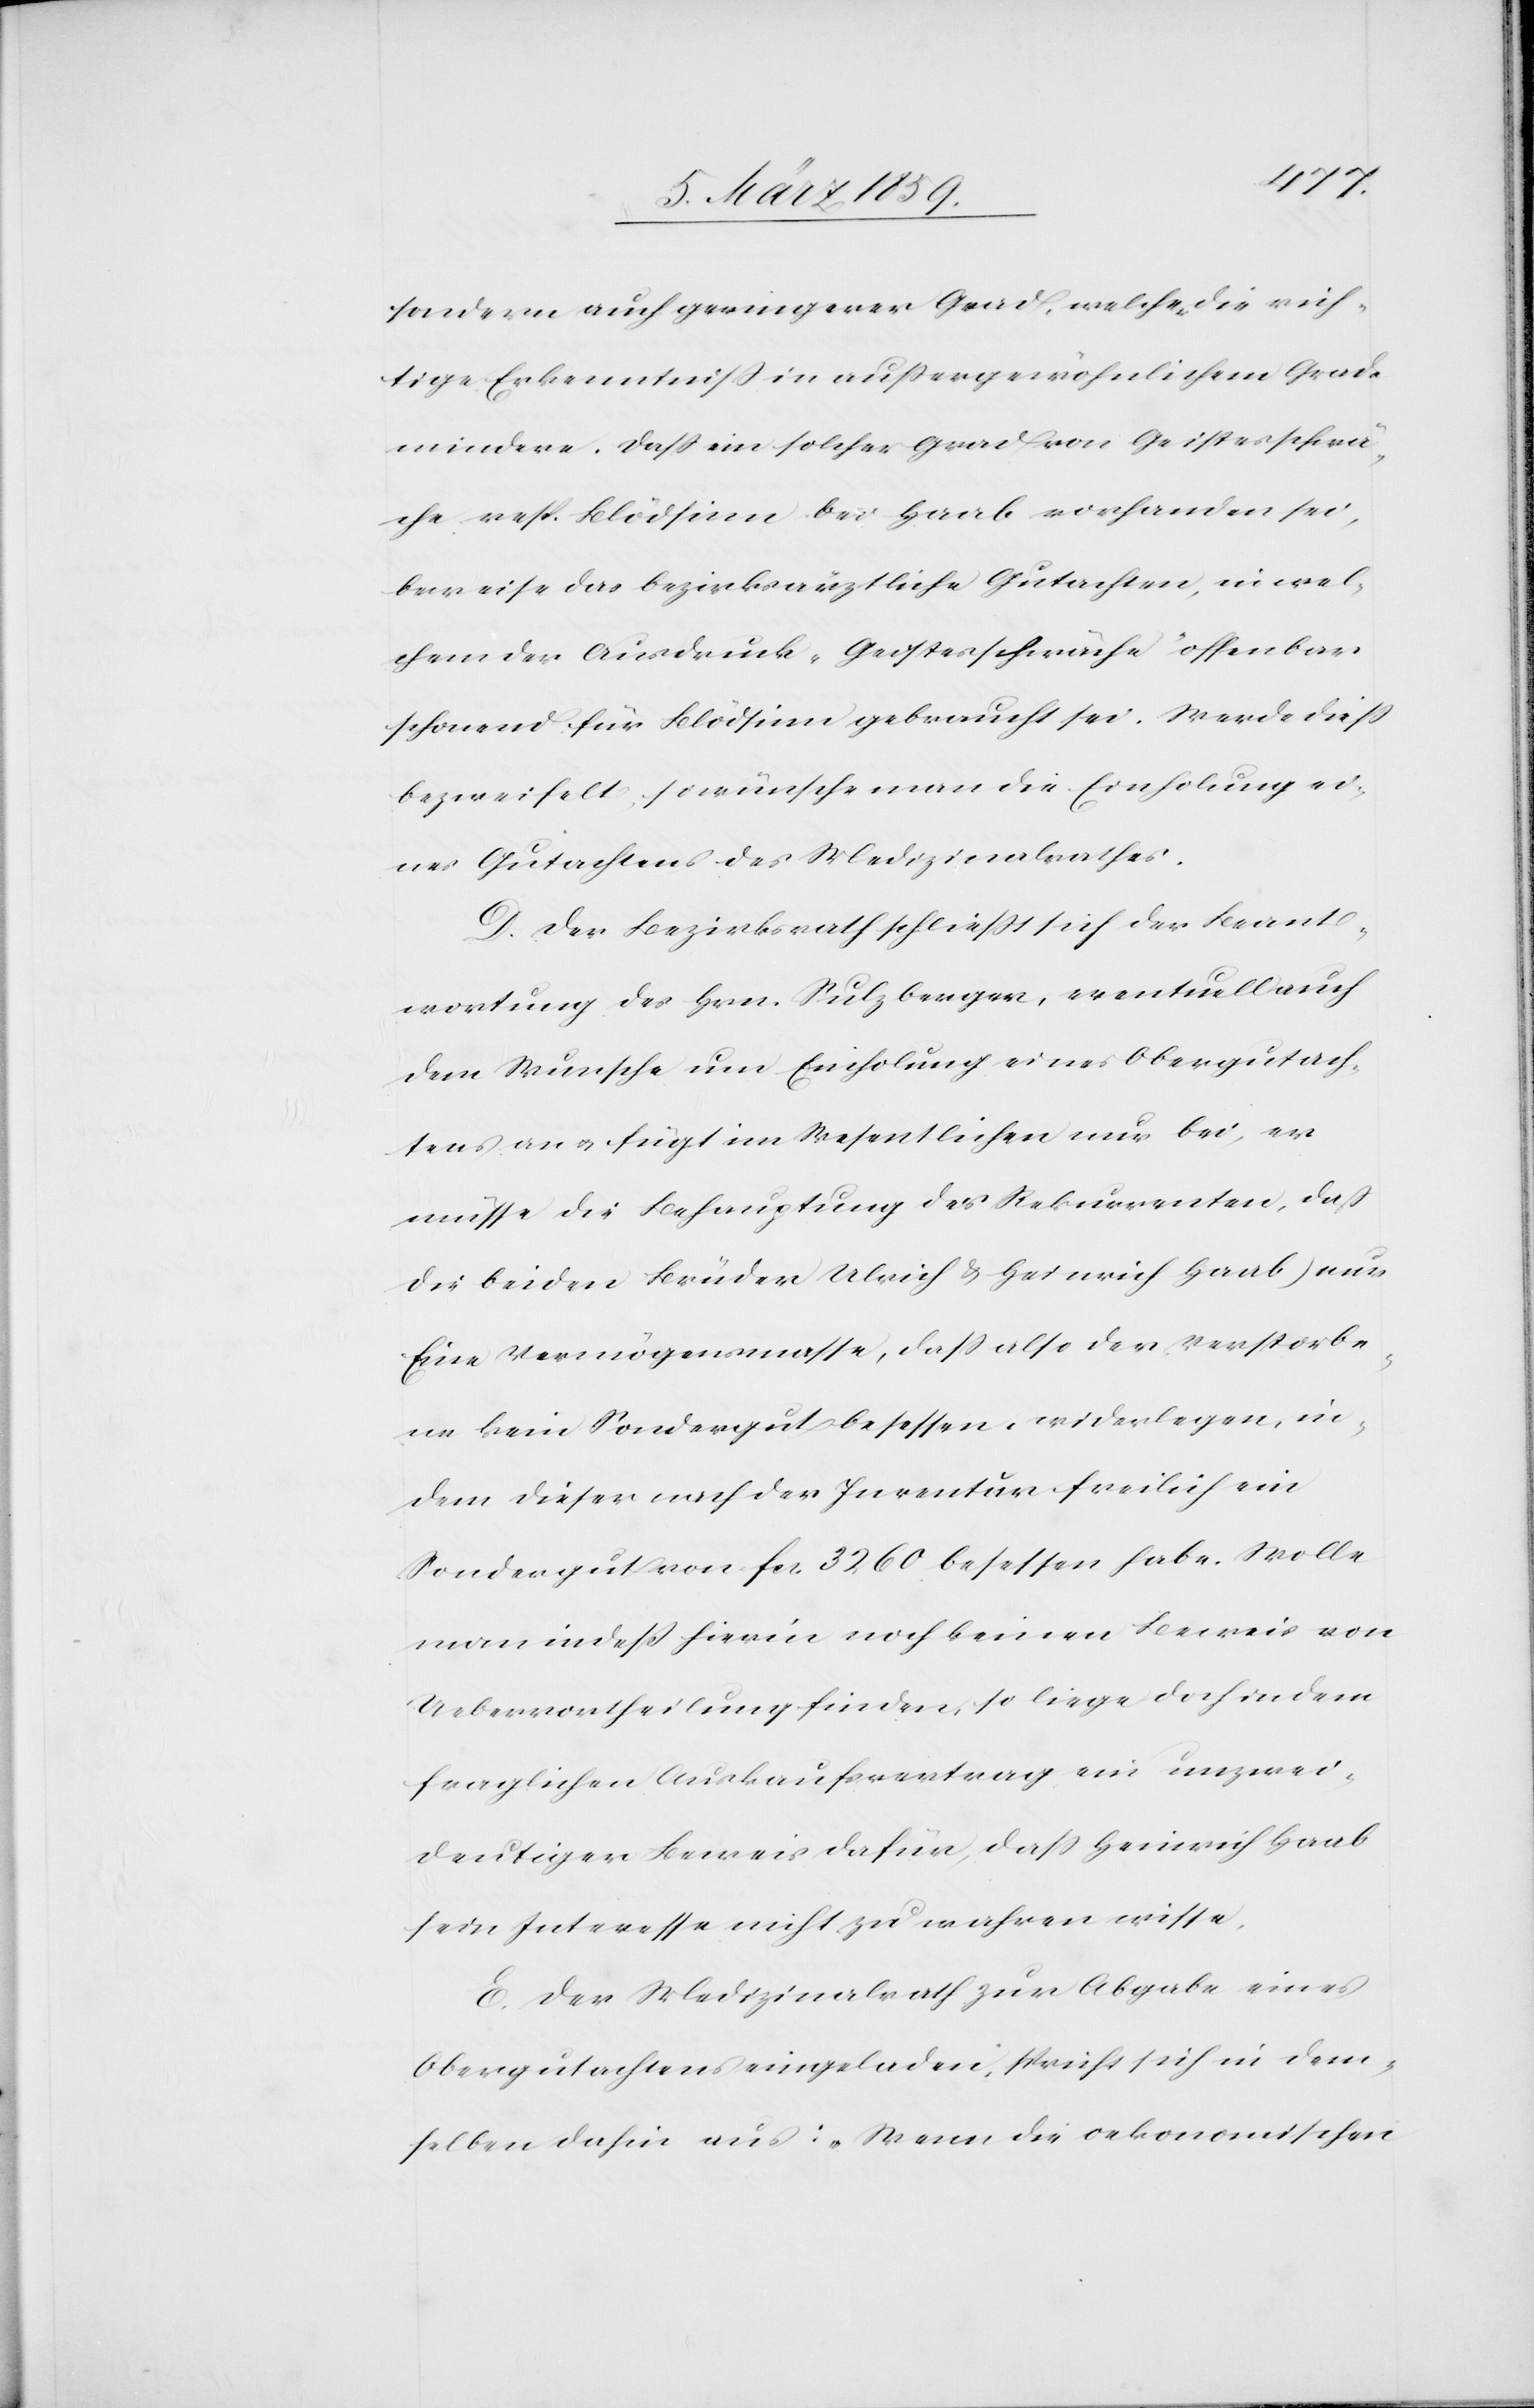
sondern auch geringerer Grad, welcher die rich¬
tige Erkenntniß in außergewöhnlichem Grade
mindere. Daß ein solcher Grad von Geistesschwä¬
che resp. Blödsinn bei Haab vorhanden sei,
beweise das bezirksärztliche Gutachten, in wel¬
chem der Ausdruck „Geistesschwäche“ offenbar
schonend für Blödsinn gebraucht sei. Werde dieß
bezweifelt, so wünsche man die Einholung ei¬
nes Gutachtens des Medizinalrathes.
D. Der Bezirksrath schließt sich der Beant¬
wortung des Hrn. Sulzberger, eventuell auch
dem Wunsche um Einholung eines Obergutach¬
tens an u. fügt im Wesentlichen nur bei, er
müsse die Behauptung des Rekurrenten, daß
die beiden Brüder [(]Ulrich & Heinrich Haab) nur
Eine Vermögensmasse, daß also der Verstorbe¬
ne kein Sondergut besessen, widerlegen, in¬
dem dieser nach der Inventur freilich ein
Sondergut von fcs. 3260 besessen habe. Wolle
man indeß hierin noch keinen Beweis von
Uebervortheilung finden, so liege doch in dem
fraglichen Auskaufsvertrag ein unzwei¬
deutiger Beweis dafür, daß Heinrich Haab
sein Interesse nicht zu wahren wisse.
E. Der Medizinalrath zur Abgabe eines
Obergutachtens eingeladen, spricht sich in dem¬
selben dahin aus: „Wenn die oekonomischen